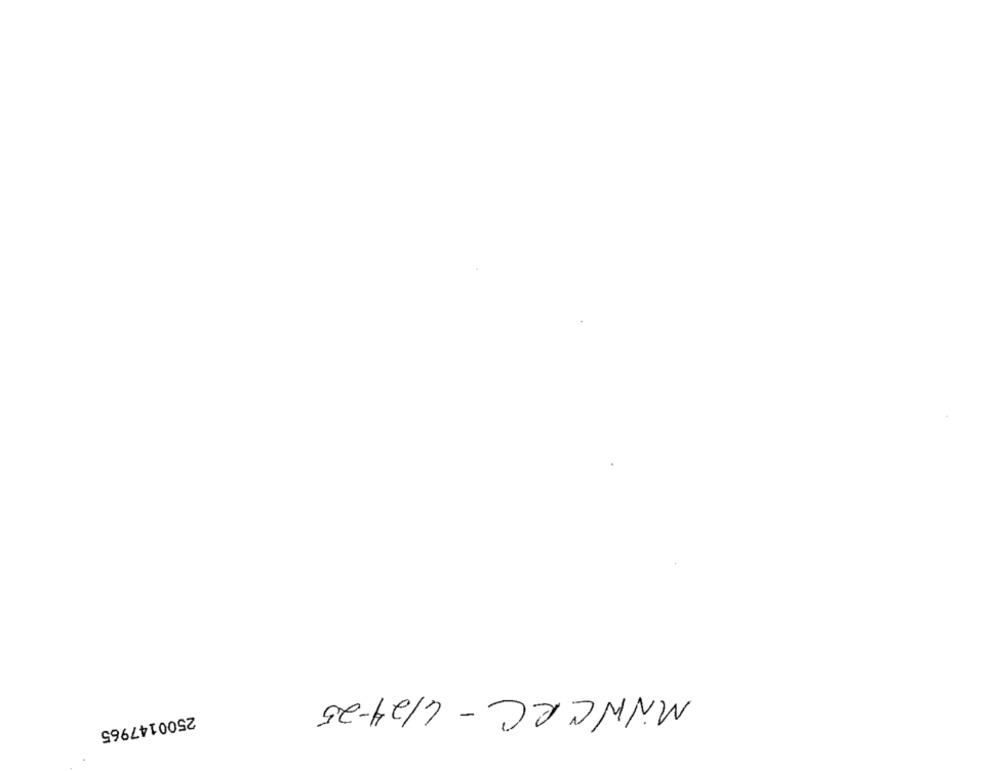
MNWCRC - 4124-25
2500147965